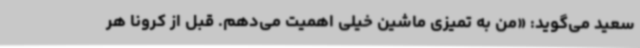
سعید می‌گوید: «من به تمیزی ماشین خیلی اهمیت می‌دهم. قبل از کرونا هر